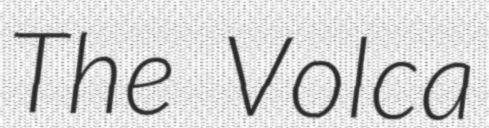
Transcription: The Volca